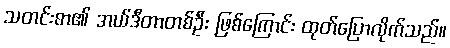
သတင်းစာ၏ အယ်ဒီတာတစ်ဦး ဖြစ်ကြောင်း ထုတ်ပြောလိုက်သည်။